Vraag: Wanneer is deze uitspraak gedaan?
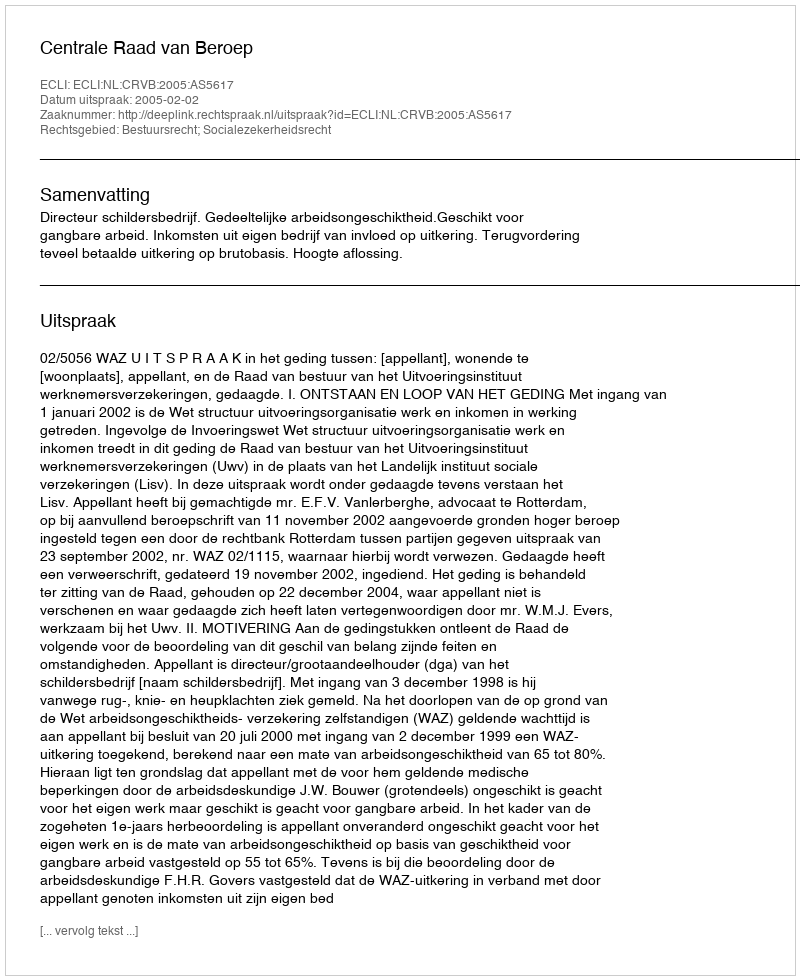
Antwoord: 2005-02-02